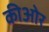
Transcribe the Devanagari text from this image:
कीओर